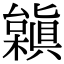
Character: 𣞟